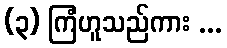
(၃) ကြံဟူသည်ကား ...